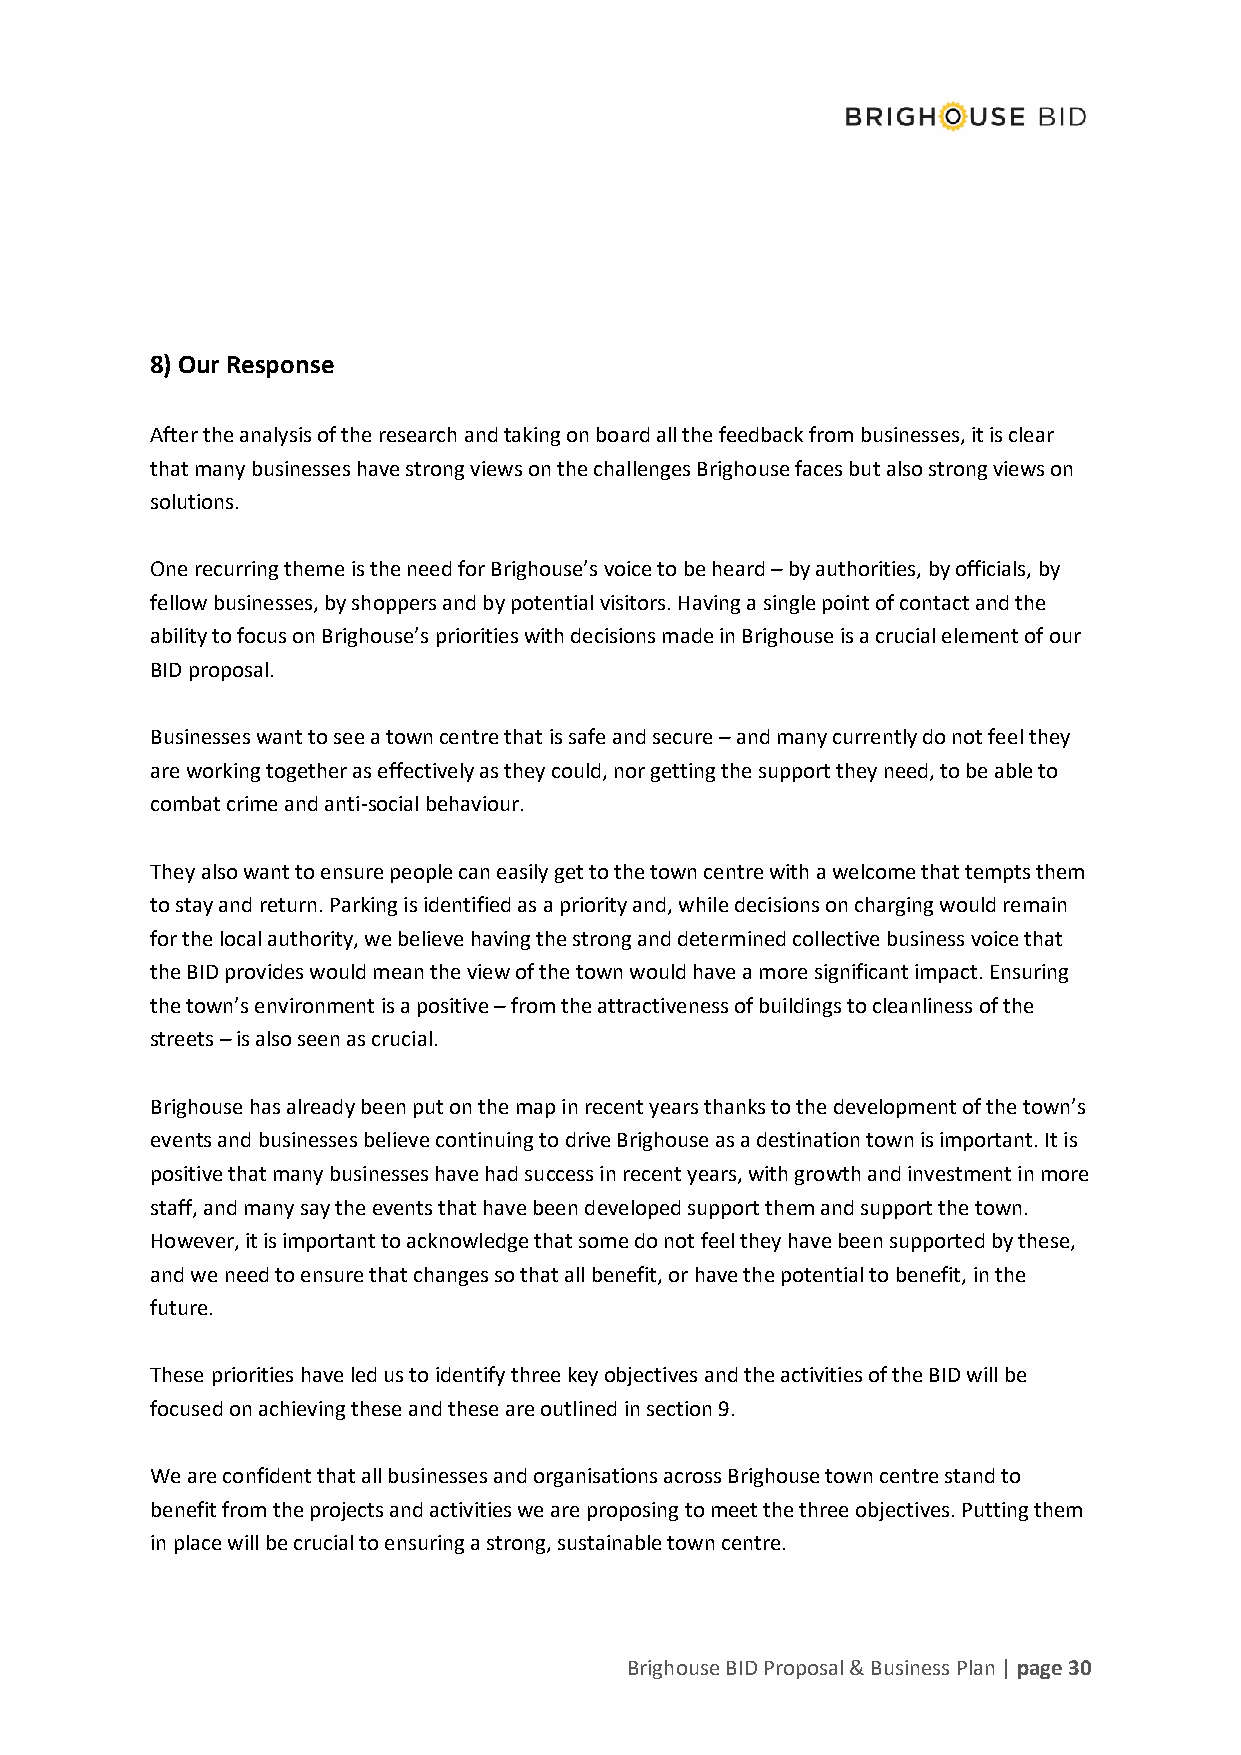
8) Our Response
 After the analysis of the research and taking on board all the feedback from businesses, it is clear
 that many businesses have strong views on the challenges Brighouse faces but also strong views on
 solutions.
 One recurring theme is the need for Brighouse’s voice to be heard – by authorities, by officials, by
 fellow businesses, by shoppers and by potential visitors. Having a single point of contact and the
 ability to focus on Brighouse’s priorities with decisions made in Brighouse is a crucial element of our
 BID proposal.
 Businesses want to see a town centre that is safe and secure – and many currently do not feel they
 are working together as effectively as they could, nor getting the support they need, to be able to
 combat crime and anti-social behaviour.
 They also want to ensure people can easily get to the town centre with a welcome that tempts them
 to stay and return. Parking is identified as a priority and, while decisions on charging would remain
 for the local authority, we believe having the strong and determined collective business voice that
 the BID provides would mean the view of the town would have a more significant impact. Ensuring
 the town’s environment is a positive – from the attractiveness of buildings to cleanliness of the
 streets – is also seen as crucial.
 Brighouse has already been put on the map in recent years thanks to the development of the town’s
 events and businesses believe continuing to drive Brighouse as a destination town is important. It is
 positive that many businesses have had success in recent years, with growth and investment in more
 staff, and many say the events that have been developed support them and support the town.
 However, it is important to acknowledge that some do not feel they have been supported by these,
 and we need to ensure that changes so that all benefit, or have the potential to benefit, in the
 future.
 These priorities have led us to identify three key objectives and the activities of the BID will be
 focused on achieving these and these are outlined in section 9.
 We are confident that all businesses and organisations across Brighouse town centre stand to
 benefit from the projects and activities we are proposing to meet the three objectives. Putting them
 in place will be crucial to ensuring a strong, sustainable town centre.
 Brighouse BID Proposal & Business Plan | page 30